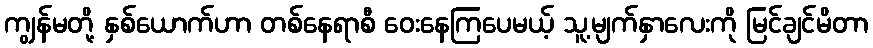
ကျွန်မတို့ နှစ်ယောက်ဟာ တစ်နေရာစီ ဝေးနေကြပေမယ့် သူ့မျက်နှာလေးကို မြင်ချင်မိတာ